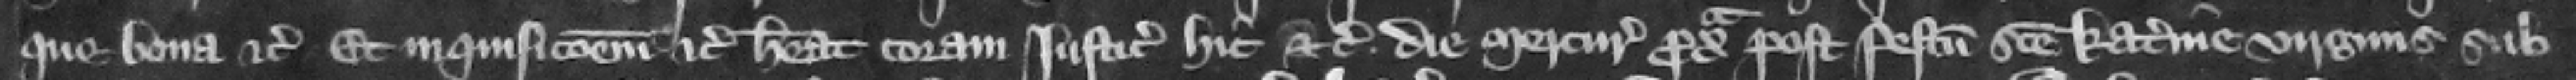
que bona etc. et inquisicionem etc. habeat coram iusticiariis hic etc. die Mercurii proxima post festum Sancte Katerine virginis sub